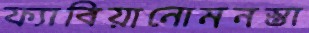
ফ্যাবিয়ানোমনস্তা